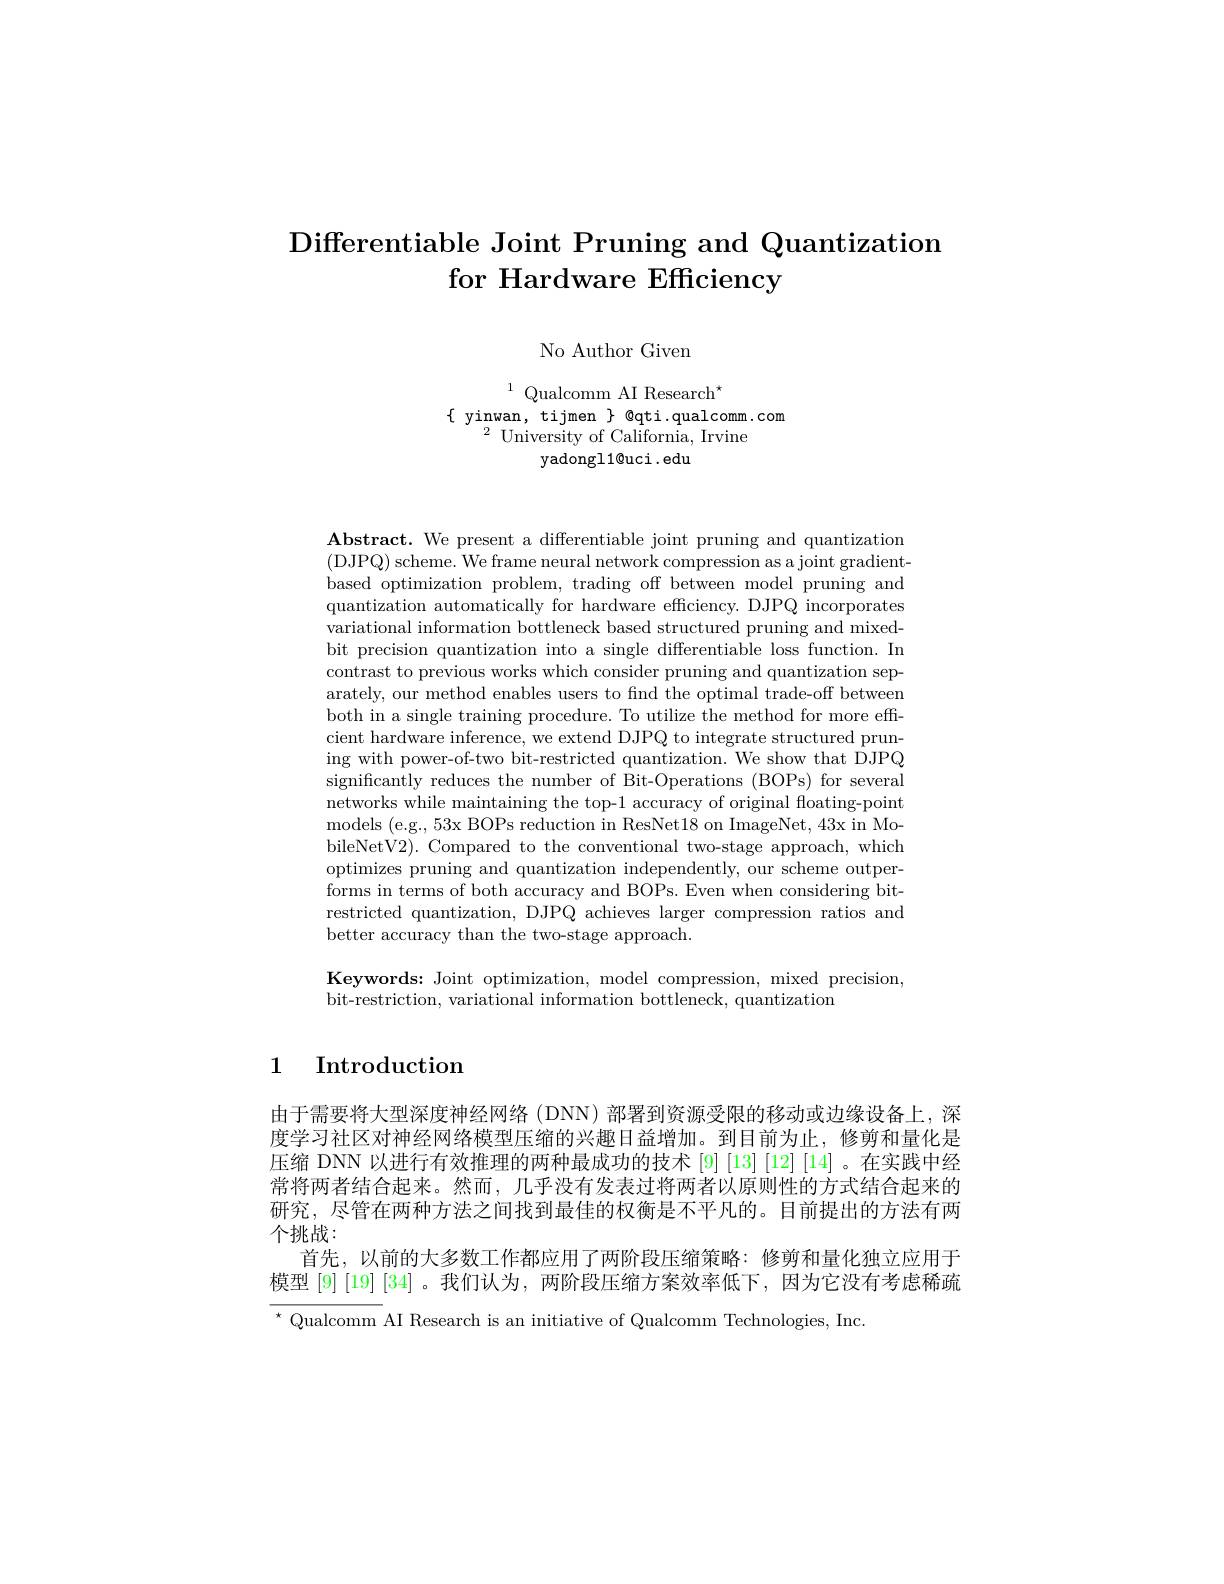
# Differentiable Joint Pruning and Quantization for Hardware Efficiency

No Author Given
$\begin{gathered}\text{Qualcomm AI Research}^{\star}\\\{\begin{array}{c}\text{yinwan,tijmen}\}&\text{@qti.qualcomm.com}\\2&\text{University of California, Irvine}\end{array}\end{gathered}$

yadongl1@uci.edu

Abstract. We present a differentiable joint pruning and quantization (DJPQ) scheme. We frame neural network compression as a joint gradientbased optimization problem, trading off between model pruning and quantization automatically for hardware efficiency. DJPQ incorporates variational information bottleneck based structured pruning and mixedbit precision quantization into a single differentiable loss function. In contrast to previous works which consider pruning and quantization separately, our method enables users to find the optimal trade-off between both in a single training procedure. To utilize the method for more effcient hardware inference, we extend DJPQ to integrate structured pruning with power-of-two bit-restricted quantization. We show that DJPQ significantly reduces the number of Bit-Operations (BOPs) for several networks while maintaining the top-1 accuracy of original floating-point models (e.g., 53x BOPs reduction in ResNet18 on ImageNet, 43x in MobileNetV2). Compared to the conventional two-stage approach, which optimizes pruning and quantization independently, our scheme outperforms in terms of both accuracy and BOPs. Even when considering bitrestricted quantization, DJPQ achieves larger compression ratios and better accuracy than the two-stage approach.

Keywords: Joint optimization, model compression, mixed precision,
bit-restriction, variational information bottleneck, quantization

1 Introduction

由于需要将大型深度神经网络 (DNN) 部署到资源受限的移动或边缘设备上，深度学习社区对神经网络模型压缩的兴趣日益增加。到目前为止，修剪和量化是压缩 DNN 以进行有效推理的两种最成功的技术 [9] [13] [12] [14] 。在实践中经常将两者结合起来。然而，几乎没有发表过将两者以原则性的方式结合起来的研究，尽管在两种方法之间找到最佳的权衡是不平凡的。目前提出的方法有两个挑战：
首先，以前的大多数工作都应用了两阶段压缩策略：修剪和量化独立应用于模型 [9] [19] [34]。我们认为，两阶段压缩方案效率低下，因为它没有考虑稀疏$^{\star}$Qualcomm AI Research is an initiative of Qualcomm Technologies, Inc.